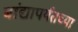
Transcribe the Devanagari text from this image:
बांद्यापर्यंतच्या